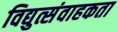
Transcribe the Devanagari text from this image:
विद्युत्संवाहकता